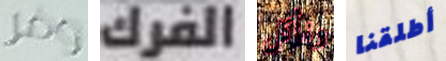
وفر الفرك ونأكل أطلقنا